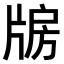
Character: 𤗐